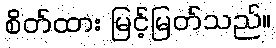
စိတ်ထား မြင့်မြတ်သည်။